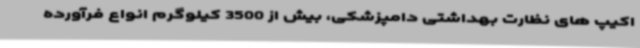
اکیپ های نظارت بهداشتی دامپزشکی، بیش از 3500 کیلوگرم انواع فرآورده